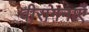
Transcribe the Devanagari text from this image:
वीरांगनाएँ